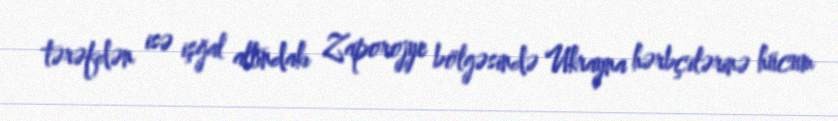
tərəfdən isə işğal altındakı Zaporojye bölgəsində Ukrayna hərbçilərinə hücum